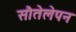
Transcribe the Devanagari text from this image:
सौतेलेपन